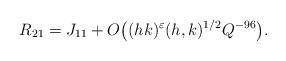
LaTeX: \begin{align*}R_{21} = J_{11}+ O\big( (hk)^{\varepsilon}(h,k)^{1/2} Q^{-96}\big).\end{align*}